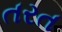
તરત